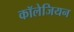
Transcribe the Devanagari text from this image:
कॉलेजियन